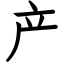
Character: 产